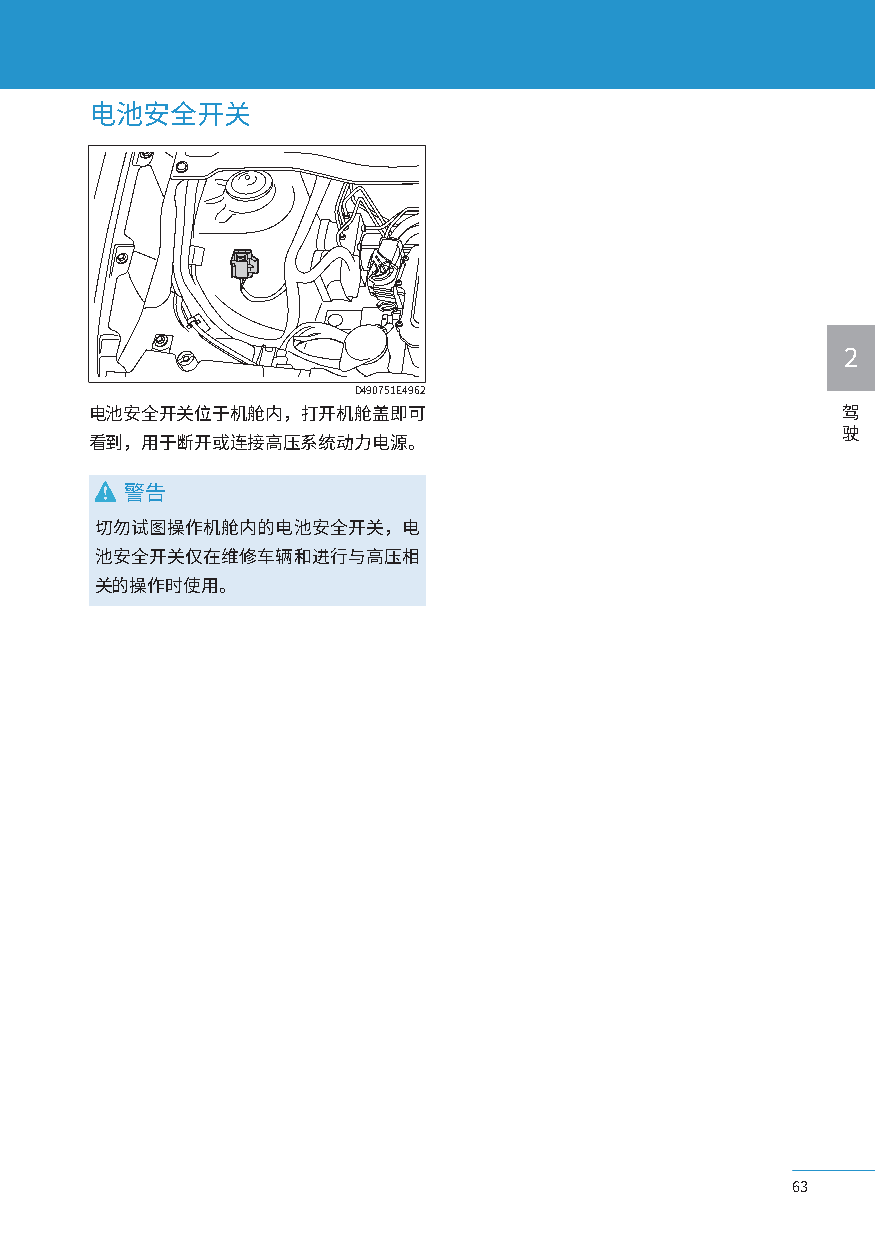
电池安全开关
 2
 D490751E4962
 电池安全开关位于机舱内，打开机舱盖即可                               驾
 驶
 看到，用于断开或连接高压系统动力电源。
 警告
 切勿试图操作机舱内的电池安全开关，电
 池安全开关仅在维修车辆和进行与高压相
 关的操作时使用。
 63